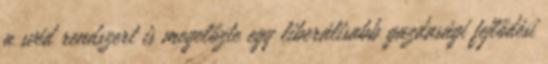
a svéd rendszert is megelőzte egy liberálisabb gazdasági fejlődési